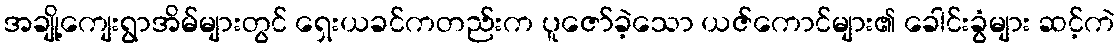
အချို့ကျေးရွာအိမ်များတွင် ရှေးယခင်ကတည်းက ပူဇော်ခဲ့သော ယဇ်ကောင်များ၏ ခေါင်းခွံများ ဆင့်ကဲ